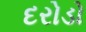
દરોડો